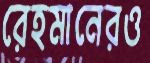
রেহমানেরও